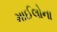
માઈલોના